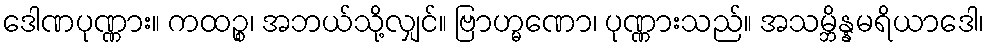
ဒေါဏပုဏ္ဏား။ ကထဉ္စ၊ အဘယ်သို့လျှင်။ ဗြာဟ္မဏော၊ ပုဏ္ဏားသည်။ အသမ္ဘိန္နမရိယာဒေါ၊